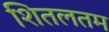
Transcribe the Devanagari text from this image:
शितलतम